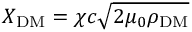
X _ { \mathrm { D M } } = \chi c \sqrt { 2 \mu _ { 0 } \rho _ { \mathrm { D M } } }